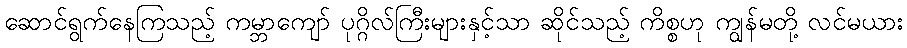
ဆောင်ရွက်နေကြသည့် ကမ္ဘာကျော် ပုဂ္ဂိလ်ကြီးများနှင့်သာ ဆိုင်သည့် ကိစ္စဟု ကျွန်မတို့ လင်မယား